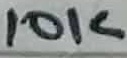
Text: 10K